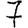
Digit: 7